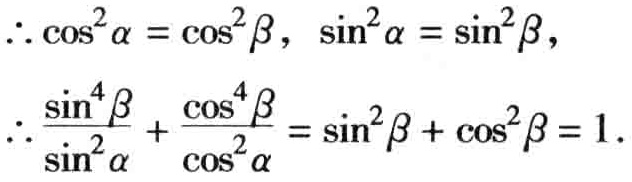
\(\therefore \cos ^{2}\alpha=\cos ^{2}\beta,\ \sin ^{2}\alpha=\sin ^{2}\beta,\\
\therefore \frac{\sin ^{4}\beta}{\sin ^{2}\alpha}+\frac{\cos ^{4}\beta}{\cos ^{2}\alpha}=\sin ^{2}\beta+\cos ^{2}\beta = 1.\)